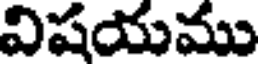
విషయము